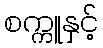
စက္ကူနှင့်